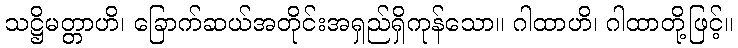
သဋ္ဌိမတ္တာဟိ၊ ခြောက်ဆယ်အတိုင်းအရှည်ရှိကုန်သော။ ဂါထာဟိ၊ ဂါထာတို့ဖြင့်။